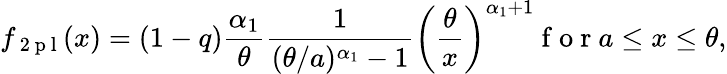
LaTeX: f_{\mathrm{~2~p~l~}}(x)=(1-q)\frac{\alpha_{1}}{\theta}\frac 1{(\theta/a)^{\alpha_{1}}-1}\left(\frac\theta x\right)^{\alpha_{1}+1}\mathrm{~f~o~r~}a\le x\le\theta,